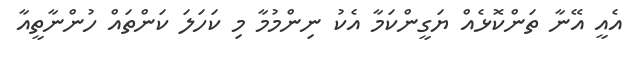
އެއީ އޭނާ ތަންކޮޅެއް ޔަގީންކަމާ އެކު ނިންމުމާ މި ކަހަލަ ކަންތައް ހުންނާތީއާ